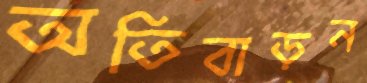
অতিবাড়ন